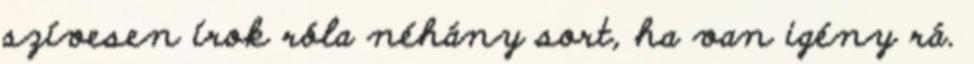
szívesen írok róla néhány sort, ha van igény rá.